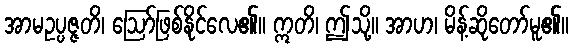
အာမဥပ္ပဇ္ဇတိ၊ ဩော်ဖြစ်နိုင်လေ၏။ ဣတိ၊ ဤသို့။ အာဟ၊ မိန့်ဆိုတော်မူ၏။